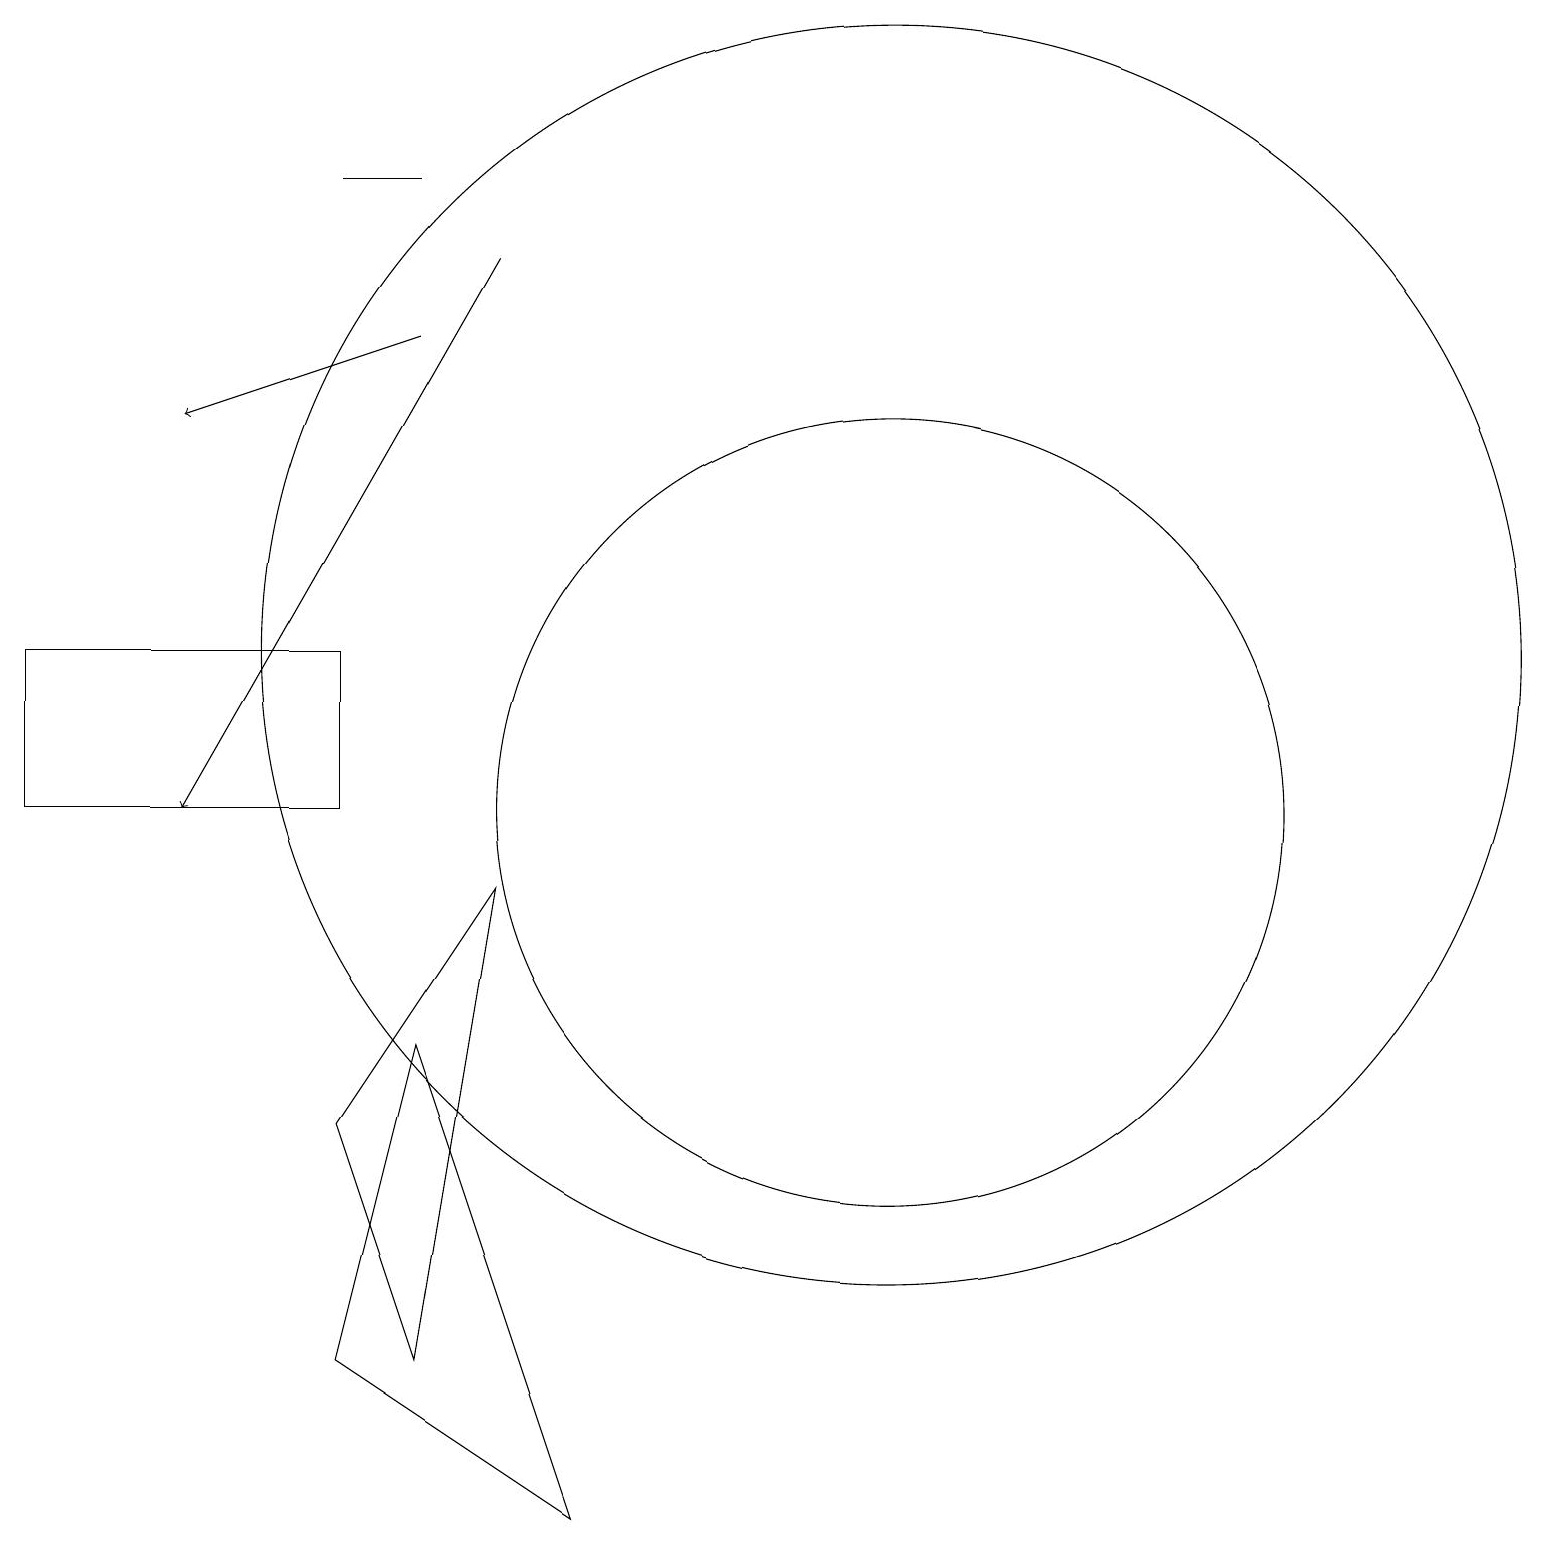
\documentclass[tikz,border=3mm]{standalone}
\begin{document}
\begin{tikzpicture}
\draw[->] (6,17) -- (2,10);
\draw (11,10) circle (5);
\draw (4,12) rectangle (0,10);
\draw (6,9) -- (4,6) -- (5,3) -- cycle;
\draw (5,7) -- (7,1) -- (4,3) -- cycle;
\draw (4,18) rectangle (5,18);
\draw[->] (5,16) -- (2,15);
\draw (11,12) circle (8);
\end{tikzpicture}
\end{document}